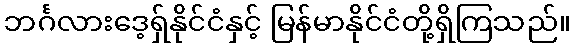
ဘင်္ဂလားဒေ့ရှ်နိုင်ငံနှင့် မြန်မာနိုင်ငံတို့ရှိကြသည်။